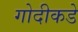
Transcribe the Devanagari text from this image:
गोदीकडे